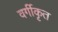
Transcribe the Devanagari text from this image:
वर्गीकृत